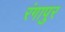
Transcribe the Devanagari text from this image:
रंगापुर